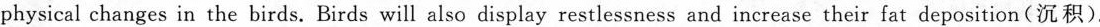
physical changes in the birds. Birds will also display restlessness and increase their fat de position (沉积).